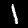
Digit: 1